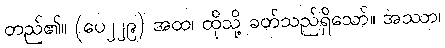
တည်၏။ (ပေ၂၂၉) အထ၊ ထိုသို့ ခတ်သည်ရှိသော်။ အဿာ၊